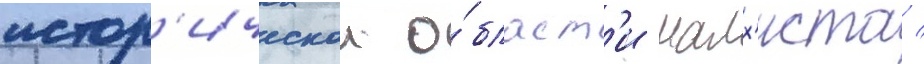
истор'ическои о́бласт'и малх'иста /